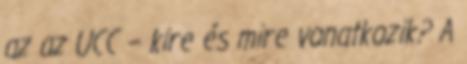
az az UCC – kire és mire vonatkozik? A